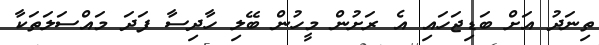
ތިނަދު އަށް ބަޑިޖަހައި އެ ރަށުން މީހުން ބޭލި ހާދިސާ ފަދަ މައްސަލަތަކާ